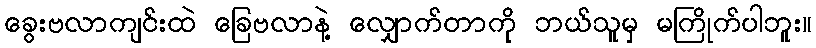
ခွေးဗလာကျင်းထဲ ခြေဗလာနဲ့ လျှောက်တာကို ဘယ်သူမှ မကြိုက်ပါဘူး။